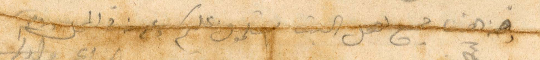
وهنا جميع اهل البيت يسلمون عليكم وعن المحل